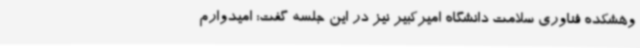
وهشکده فناوری سلامت دانشگاه امیرکبیر نیز در این جلسه گفت: امیدوارم